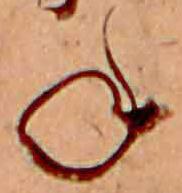
ね